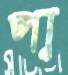
পা